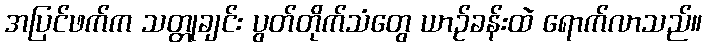
အပြင်ဖက်က သတ္တုချင်း ပွတ်တိုက်သံတွေ ယာဉ်ခန်းထဲ ရောက်လာသည်။